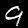
Label: 9